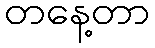
တနေ့တာ